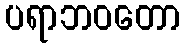
ပရာဘဝတော